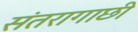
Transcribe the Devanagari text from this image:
संतरागाछी